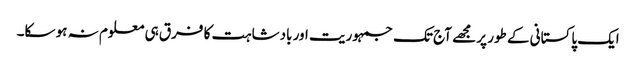
ایک پاکستانی کے طور پر مجھے آج تک جمہوریت اور بادشاہت کا فرق ہی معلوم نہ ہو سکا۔